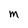
Character: M